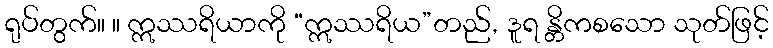
ရုပ်တွက်။ ။ ဣဿရိယာကို “ဣဿရိယ”တည်, ဒူရ န္တိကစသော သုတ်ဖြင့်